画像に写った文字を読んでください
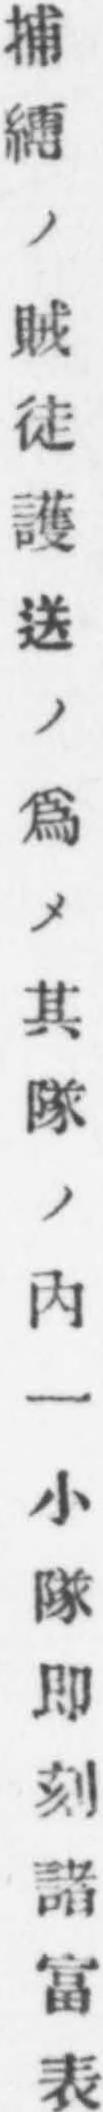
「捕縛ノ賊徒護送ノ爲メ其隊ノ内一小隊即刻諸富表」と書いてあります